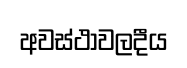
අවස්ථාවලදීය